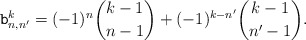
\begin{align*}{\tt b}_{n,n'}^{k} = (-1)^{n} \binom{k-1}{n-1} +(-1)^{k-n'} \binom{k-1}{n'-1}.\end{align*}